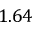
1 . 6 4